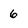
Character: 6